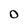
Character: 0